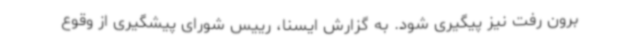
برون رفت نیز پیگیری شود. به گزارش ایسنا، رییس شورای پیشگیری از وقوع